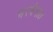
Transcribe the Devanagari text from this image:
भरवेगात